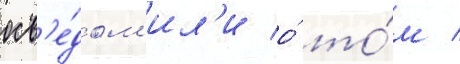
осв'е́дом'ил'и о́ то́м /